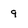
Character: 9